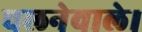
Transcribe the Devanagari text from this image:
चलनेवाले।